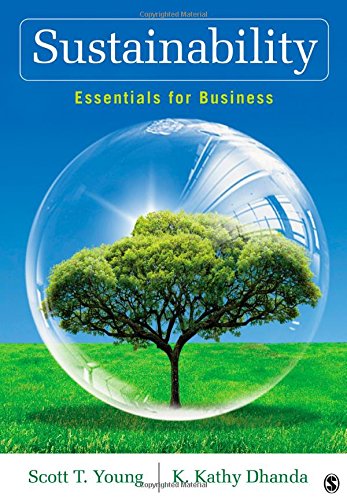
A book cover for Sustainability: Essentials for Business; Scott T. Young; Business & Money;